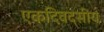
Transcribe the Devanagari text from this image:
एकदिवदसीय